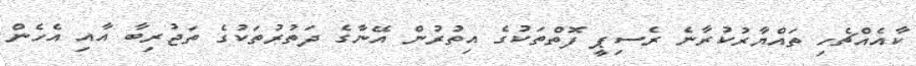
ކާއެއްޗެހި ތައްޔާރުކުރާނެ ރެސިޕީ ފޮތްތަކުގެ އިތުރުން އޭނާގެ ދަތުރުތަކުގެ ތަޖުރިބާ އާއި އެހެން